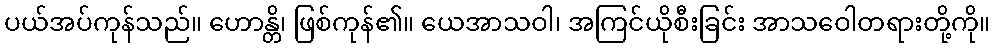
ပယ်အပ်ကုန်သည်။ ဟောန္တိ၊ ဖြစ်ကုန်၏။ ယေအာသဝါ၊ အကြင်ယိုစီးခြင်း အာသဝေါတရားတို့ကို။